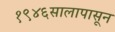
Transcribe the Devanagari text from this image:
१९४६सालापासून